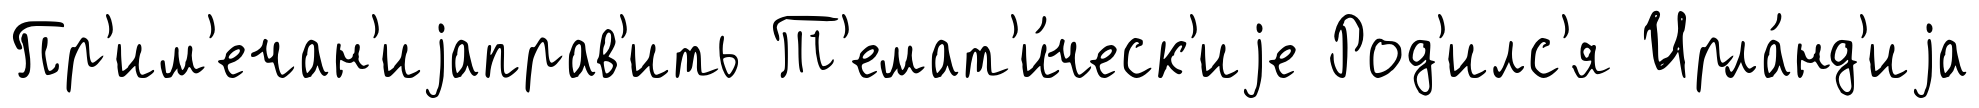
Пр'им'ечан'иjаправ'ить Т'емат'и́ческ'иjе Род'илс'я Ирла́нд'иjа